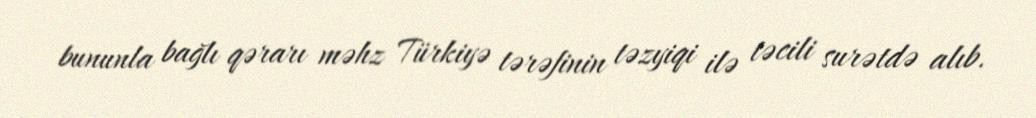
bununla bağlı qərarı məhz Türkiyə tərəfinin təzyiqi ilə təcili surətdə alıb.